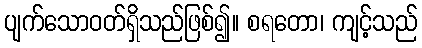
ပျက်သောဝတ်ရှိသည်ဖြစ်၍။ စရတော၊ ကျင့်သည်